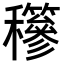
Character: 𥤇